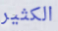
الكثير